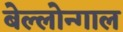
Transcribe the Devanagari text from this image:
बेल्लोन्गाल